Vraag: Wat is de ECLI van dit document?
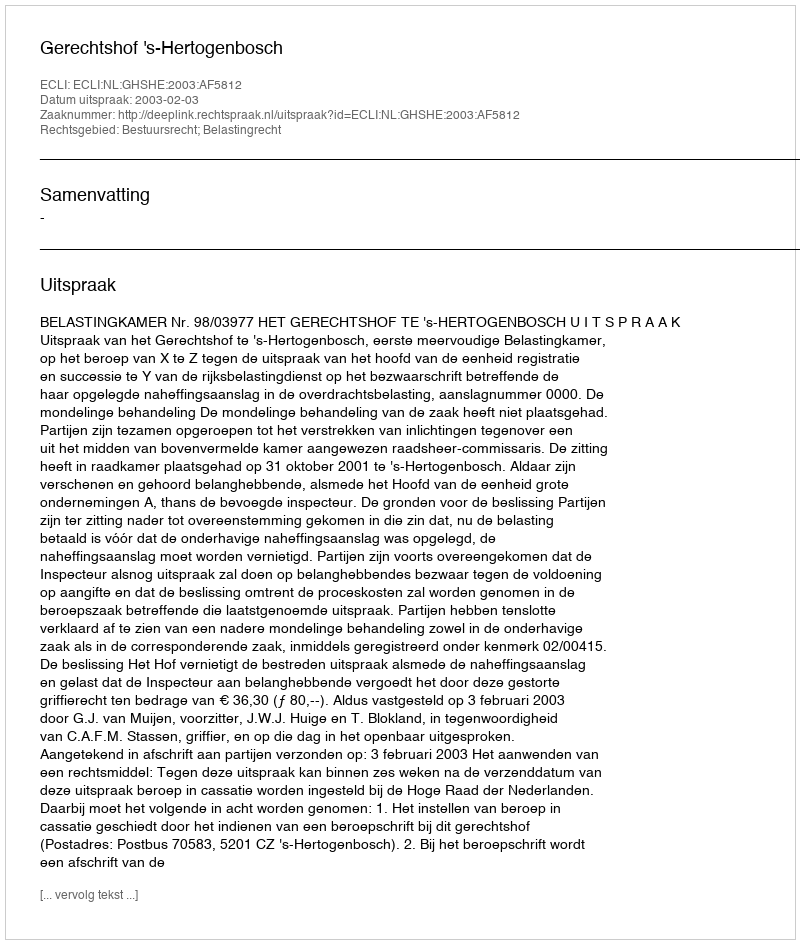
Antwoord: ECLI:NL:GHSHE:2003:AF5812